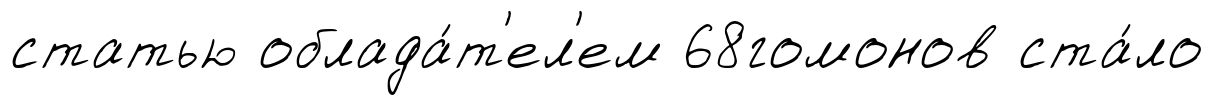
статью облада́т'ел'ем 68гомонов ста́ло